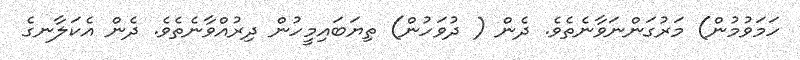
ހަމަވުމުން) މަރުގަންނަވާނެތެވެ. ދެން ( ދުވަހުން) ތިޔަބައިމީހުން ދިރުއްވާނެތެވެ. ދެން އެކަލާނގެ